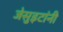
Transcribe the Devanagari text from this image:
जेसुइटांनी